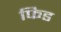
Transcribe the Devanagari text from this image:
फिड